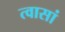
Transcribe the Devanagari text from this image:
त्वासां